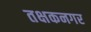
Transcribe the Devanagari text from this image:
तक्षकनगर